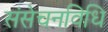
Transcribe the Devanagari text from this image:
संसेचनविधि